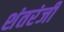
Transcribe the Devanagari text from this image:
शंतरंजी